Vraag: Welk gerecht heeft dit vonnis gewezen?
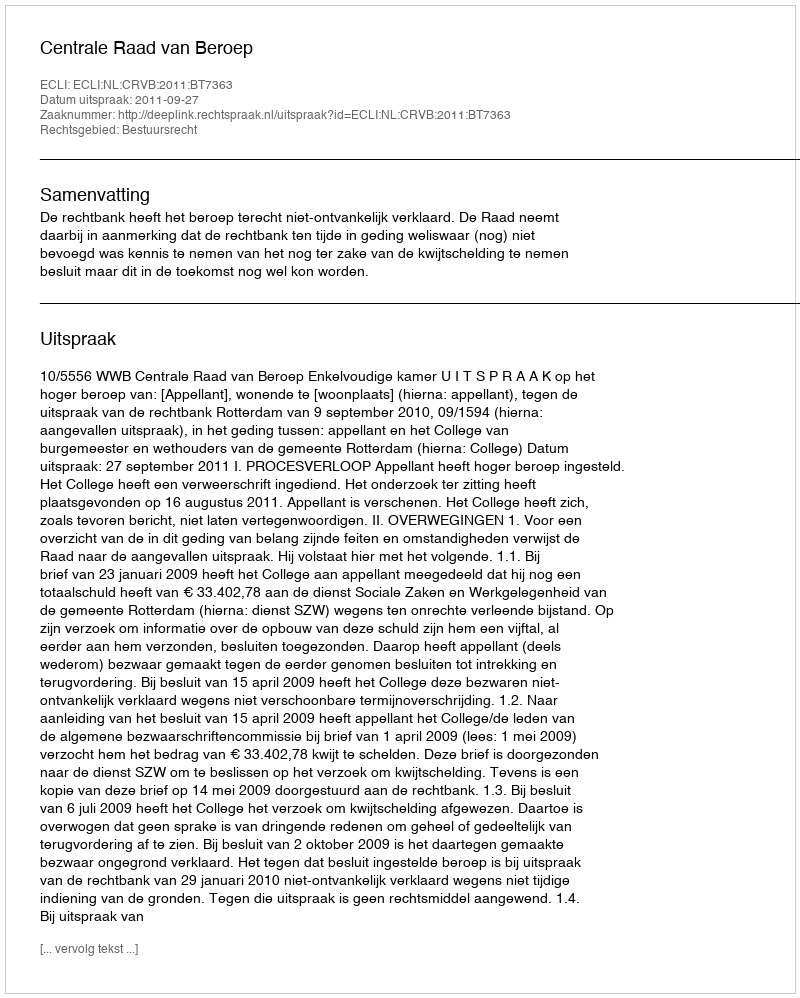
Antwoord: Centrale Raad van Beroep